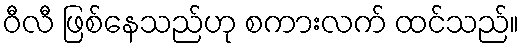
ဝီလီ ဖြစ်နေသည်ဟု စကားလက် ထင်သည်။